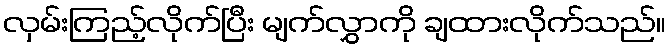
လှမ်းကြည့်လိုက်ပြီး မျက်လွှာကို ချထားလိုက်သည်။